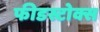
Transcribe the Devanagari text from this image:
फीडस्टोक्स